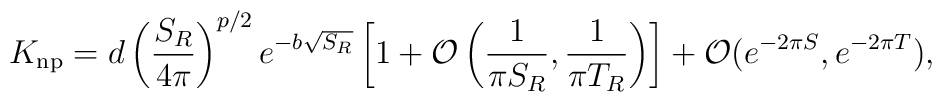
K_{\rm np} = d \left(\frac{S_R}{4\pi}\right)^{p/2} e^{-b\sqrt{S_R}}\left[1+{\cal O}\left(\frac{1}{\pi S_R},\frac{1}{\pi T_R}\right)\right]+ {\cal O}(e^{-2\pi S},e^{-2\pi T}),